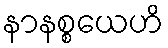
နာနစ္စယေဟိ